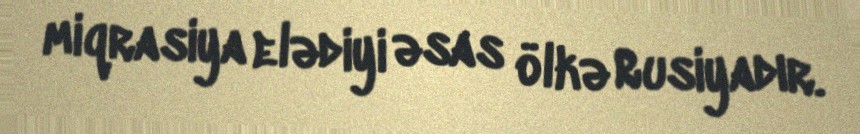
miqrasiya elədiyi əsas ölkə Rusiyadır.